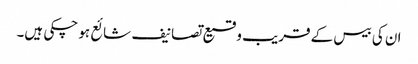
ان کی بیس کے قریب وقیع تصانیف شائع ہو چکی ہیں۔